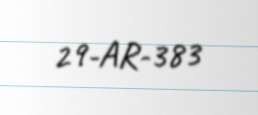
29-AR-383